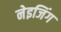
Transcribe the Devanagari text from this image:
नेइजिंग